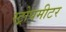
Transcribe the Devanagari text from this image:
स्ट्रोपमीटर